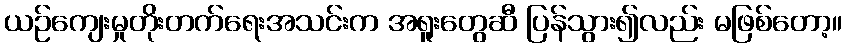
ယဉ်ကျေးမှုတိုးတက်ရေးအသင်းက အရူးတွေဆီ ပြန်သွား၍လည်း မဖြစ်တော့။